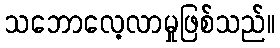
သဘောလေ့လာမှုဖြစ်သည်။